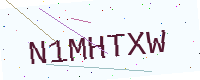
Text: N1MHTXW